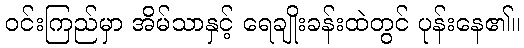
ဝင်းကြည်မှာ အိမ်သာနှင့် ရေချိုးခန်းထဲတွင် ပုန်းနေ၏။